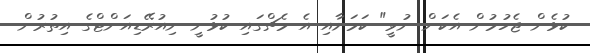
ކުޅެން ޖެހުމުން އެކަން ނުވީ" ކަމަށާއި އެ މެޗްގައި ކުޅުނީ ނިއުރޭޑިއަންޓްގެ އިތުރުން